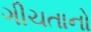
ગીચતાનો